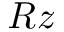
R z